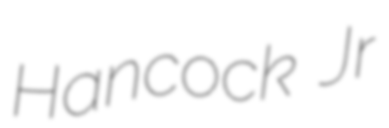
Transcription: Hancock Jr